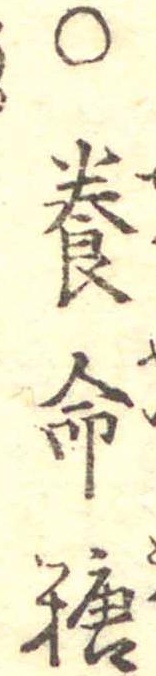
○養命糖